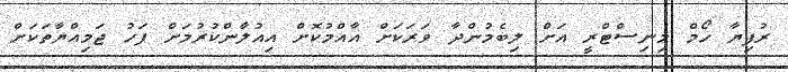
ރުފިޔާ ހޯމް މިނިސްޓްރީ އަށް ލިބެމުންދާ ވަރަކަށް އާއްމުކޮށް އިއުލާންކުރުމަށް ފަހު ޖަމިއްޔާތަކަށް